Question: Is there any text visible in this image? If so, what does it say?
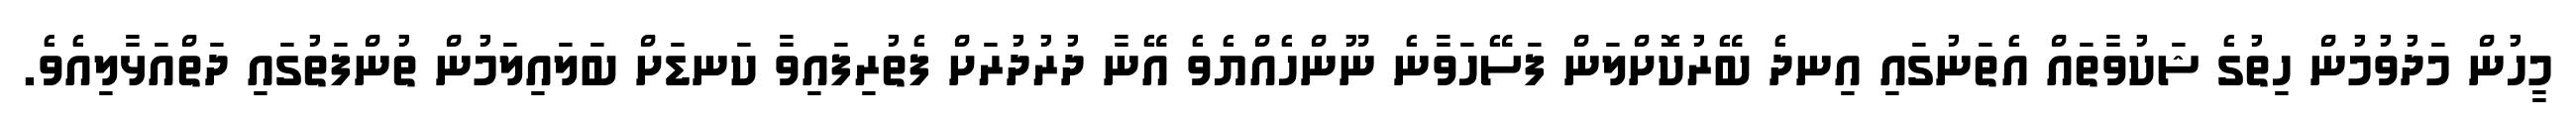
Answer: މީހުން މަދުވުމުން ހިތުގެ ޝަކުވާތައް އެތަނުގައި އިނދެ ބޭރުކޮށްލަން ފަސޭހަވާނެ ނޫންހެއްޔެވެ އޭނާ ދުރުދުރަށް ފެތުރިފައިވާ ކަނޑަށް ބަލައިލަމުން ތުންފަތުގައި ދަތްއަޅާލިއެވެ.